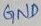
Text: GND